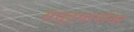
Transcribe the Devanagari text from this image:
समुद्रमार्गावर